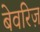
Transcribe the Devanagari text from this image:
बेवरिज़